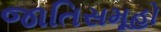
જાતિસમૂહો